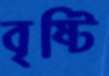
বৃষ্টি